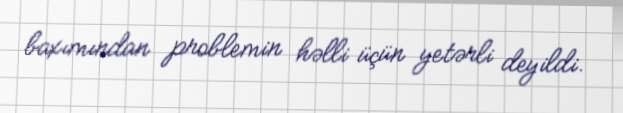
baxımından problemin həlli üçün yetərli deyildi.